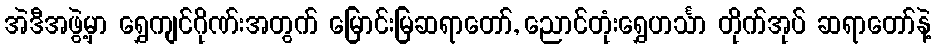
အဲဒီအဖွဲ့မှာ ရွှေကျင်ဂိုဏ်းအတွက် မြောင်းမြဆရာတော်, ညောင်တုံးရွှေဟင်္သာ တိုက်အုပ် ဆရာတော်နဲ့